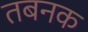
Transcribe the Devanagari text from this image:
तबनक